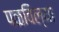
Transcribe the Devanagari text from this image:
पळविल्या